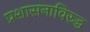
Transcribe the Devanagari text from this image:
प्रशासनाविरुद्ध